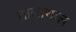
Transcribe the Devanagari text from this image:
बालाथाल